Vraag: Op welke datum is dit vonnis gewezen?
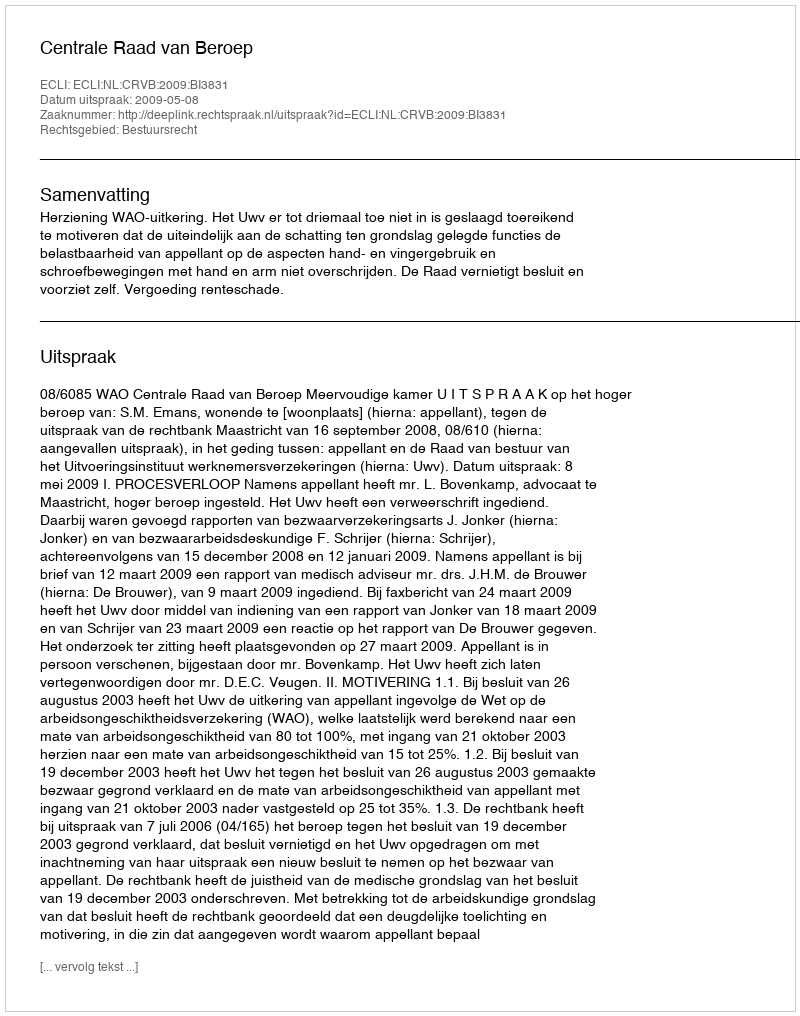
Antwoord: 2009-05-08